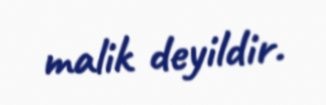
malik deyildir.